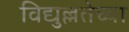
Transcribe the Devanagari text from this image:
विद्युल्लतेच्या